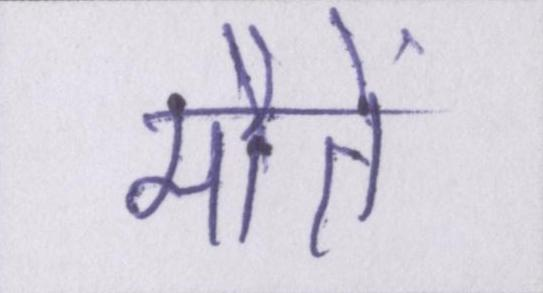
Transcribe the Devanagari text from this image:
मौतें